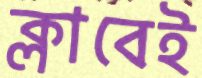
ক্লাবেই